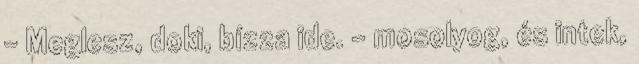
- Meglesz, doki, bízza ide. - mosolyog, és intek,